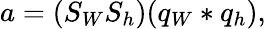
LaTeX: a=(S_{W}S_{h})(q_{W}\ast q_{h}),